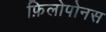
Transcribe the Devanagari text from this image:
फ़िलोपोनस